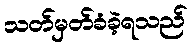
သတ်မှတ်ခံခဲ့ရသည်